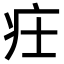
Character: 𤴶